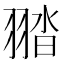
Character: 䎓